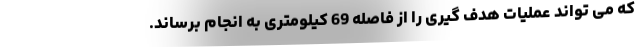
که می تواند عملیات هدف گیری را از فاصله 69 کیلومتری به انجام برساند.